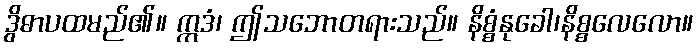
ဒွိဓာပထမည်၏။ ဣဒံ၊ ဤသဘောတရားသည်။ နိစ္စံနုခေါ၊နိစ္စလေလော။